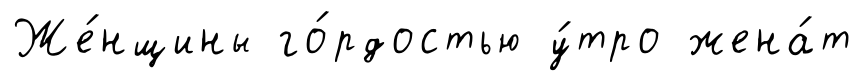
Же́нщины го́рдостью у́тро жена́т